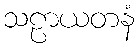
သဠာယတနံ